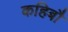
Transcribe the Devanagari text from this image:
कहिबौ